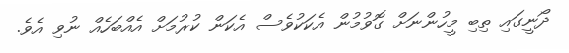
ދޯނީގައި ތިބި މީހުންނަށް ގޮވުމުން އެކަކުވެސް އެކަން ކުރުމަށް އެއްބަހެއް ނުވި އެވެ.